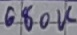
Text: 680K